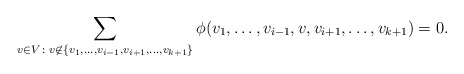
\begin{align*} \sum_{v\in V \colon v \not \in \{v_1,\ldots,v_{i-1},v_{i+1},\ldots,v_{k+1}\}}\phi(v_1,\ldots,v_{i-1},v,v_{i+1},\ldots,v_{k+1}) = 0.\end{align*}